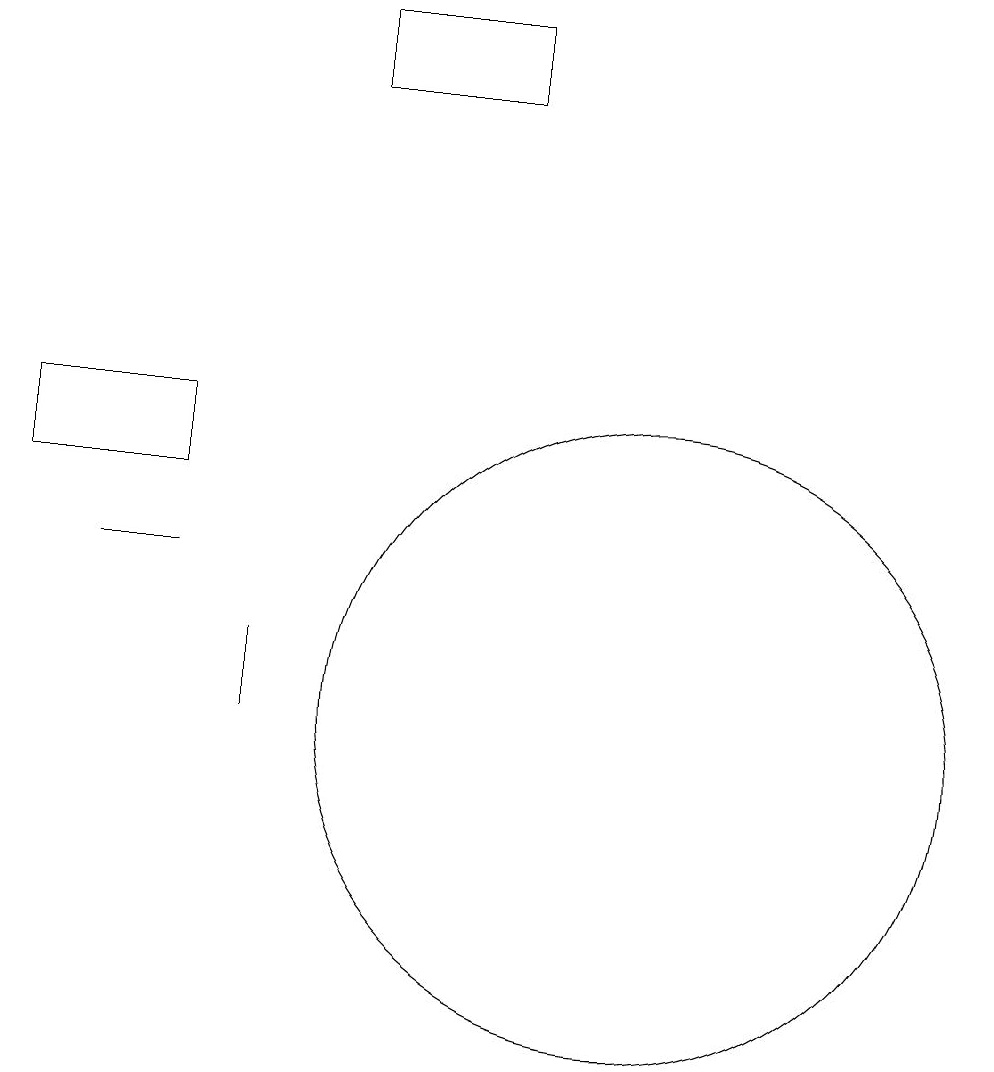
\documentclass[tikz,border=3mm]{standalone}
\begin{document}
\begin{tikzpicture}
\draw (3,14) rectangle (5,13);
\draw (4,12) rectangle (5,12);
\draw (11,10) circle (4);
\draw (6,10) rectangle (6,11);
\draw (9,19) rectangle (7,18);
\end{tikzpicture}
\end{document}